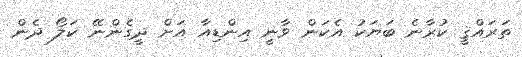
ތަރައްޤީ ކުރާނެ ބަޔަކު އެކަން ވާނީ އިންޑިއާ އަށް ދީގެންނޭ ކަލޯ ދެން